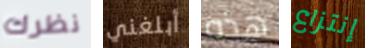
نظرك أبلغني هذه إنتزاع